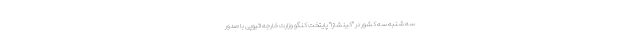
سه شنبه سه کشور در "کینشازا" پایتخت کنگو وزارت خارجه اتیوپی با صدور